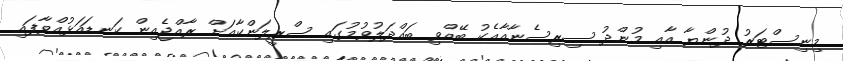
މިނިސްޓަރު ދުންޔާ އާއި މުންދު ސިރިސެނާއާއެކު ބޭއްވި ބައްދަލުވުމުގައި ސްރީލަންކާއަށް ރާއްޖެއިން ކަނޑައަޅުއްވާފައި